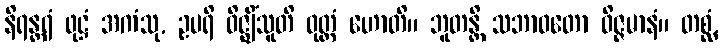
နိရန္တရံ ဖုဋ္ဌံ အကံသု, ဥပရိ ဝိဇ္ဈိံသူတိ ဝုတ္တံ ဟောတိ။ ဘူတန္တိ သဘာဝတော ဝိဇ္ဇမာနံ။ တစ္ဆံ,